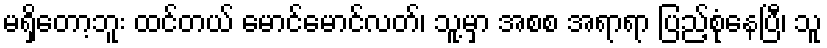
မရှိတော့ဘူး ထင်တယ် မောင်မောင်လတ်၊ သူ့မှာ အစစ အရာရာ ပြည့်စုံနေပြီ၊ သူ